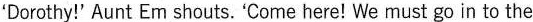
'Dorothy!'Aunt Em shouts.’Come here! We must go in to the